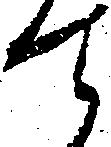
て